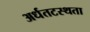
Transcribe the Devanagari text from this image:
अर्धतटस्थता